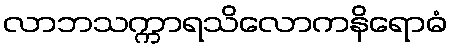
လာဘသက္ကာရသိလောကနိရောဓံ